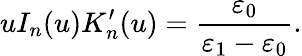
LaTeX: uI_{n}(u)K_{n}^{\prime}(u)=\frac{\varepsilon_{0}}{\varepsilon_{1}-\varepsilon_{0}}.